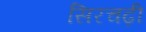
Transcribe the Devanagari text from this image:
सिरचढ़ी